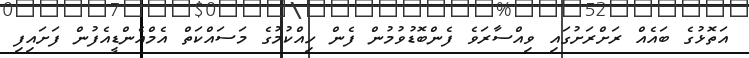
އަތޮޅުގެ ބައެއް ރަށްރަށުގައި ވިއްސާރަވެ ފެންބޮޑުވުމުން ފެން ހިއްކުމުގެ މަސައްކަތް އެމްއެންޑީއެފުން ފަށައިފި